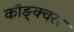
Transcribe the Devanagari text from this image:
कॉङ्क्वरर